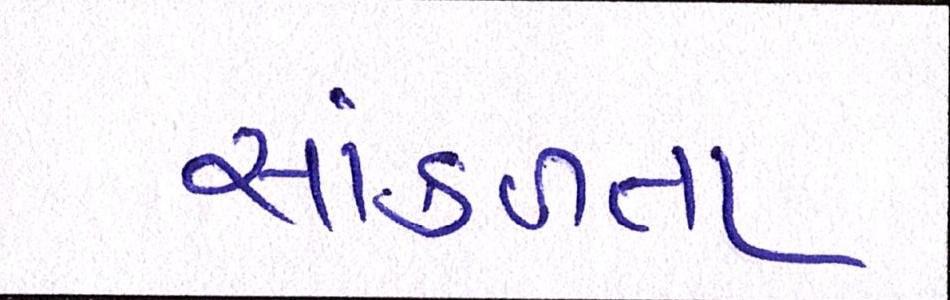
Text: સાંકળતા